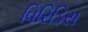
વિરિડિસ